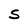
Character: S